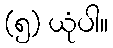
(၅) ယုံပါ။